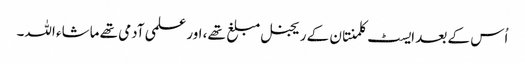
اُس کے بعد ایسٹ کلمنتان کے ریجنل مبلغ تھے، اور علمی آدمی تھے ماشاء اللہ۔